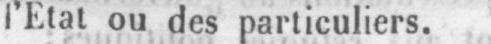
I’Etat ou des particuliers.